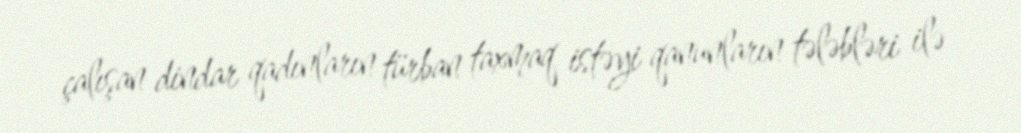
çalışan dindar qadınların türban taxmaq istəyi qanunların tələbləri ilə